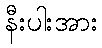
နီးပါးအား